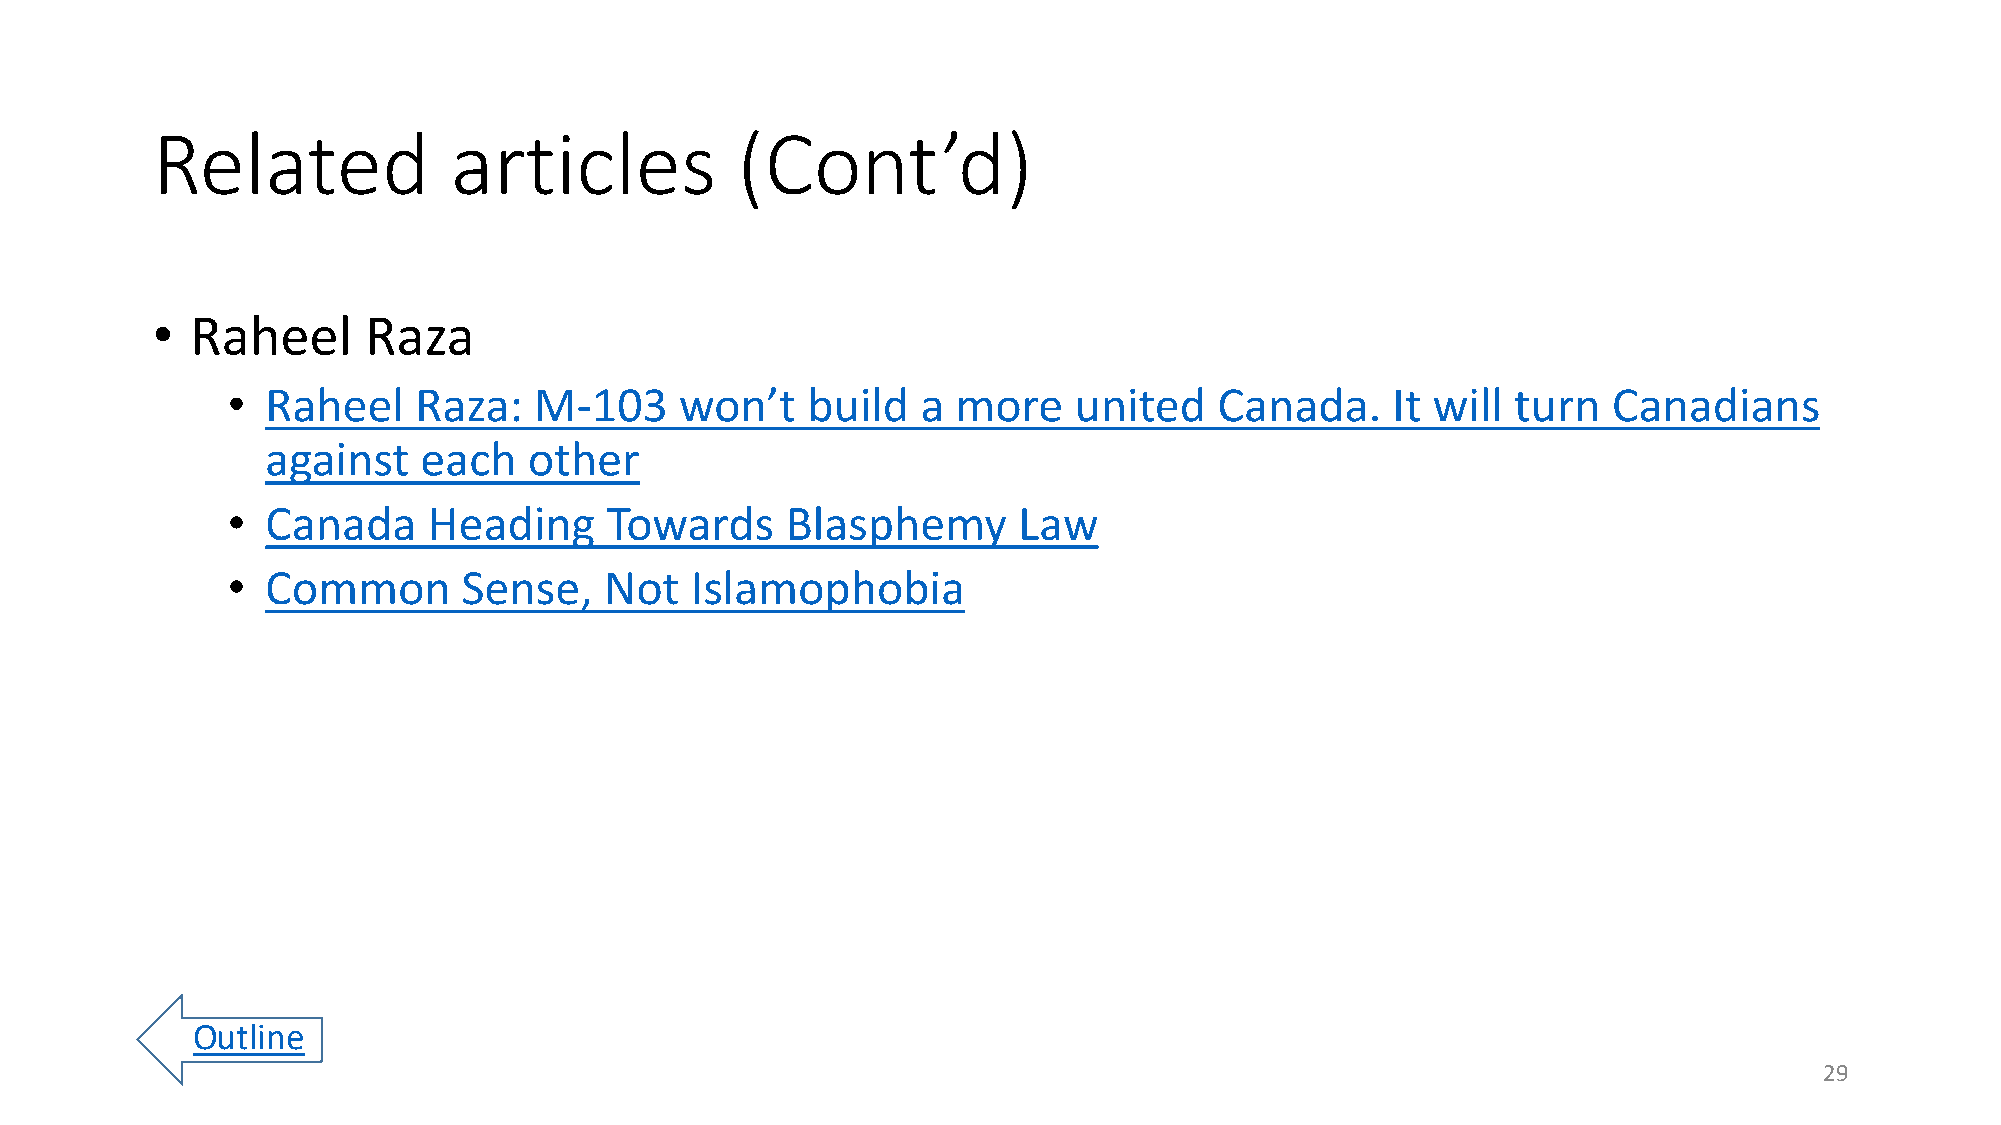
Related             articles           (Cont’d)
 •  Raheel     Raza
 •  Raheel   Raza:   M-103     won’t   build   a more    united    Canada.    It will turn   Canadians
 against   each   other
 •  Canada    Heading     Towards     Blasphemy      Law
 •  Common       Sense,   Not   Islamophobia
 Outline
 29